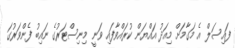
ފައިސަލް އެ މަގާމަށް މިއަދު އައްޔަން ކުރައްވާފައި ވަނީ މިނިސްޓަރުގެ ނައިބު ފެންވަރުގަ